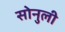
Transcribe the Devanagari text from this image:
सोनुली